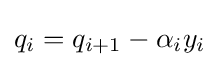
q_{i}=q_{i+1}-\alpha _{i}y_{i}